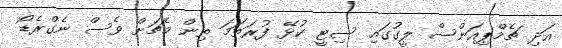
އަދި ޗެމްޕިއަންސް ލީގުގައި ސިޓީ ކުޅޭ ފުރަތަމަ ތިން މެޗަށް ވެސް ނެގްރެޑޯ